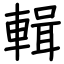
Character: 輯